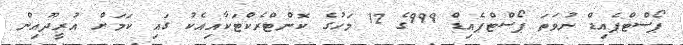
ޕޯސްޓްޕެއިޑް ނުވަތަ ޕޯސްޓްޕެއިޑް 999ގެ 12 މަހުގެ ކޮންޓްރެކްޓަކާއިއެކު ގައި ކަމަށް އުރީދޫއިން